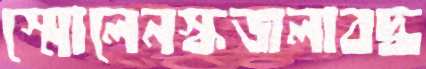
স্মোলেনস্কজলাবদ্ধ